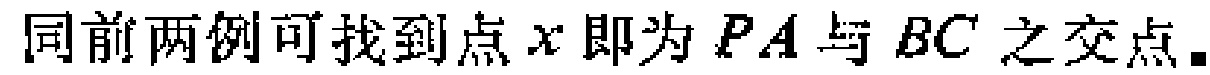
同前两例可找到点\(x\)即为\(PA\)与\(BC\)之交点.